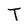
Character: T